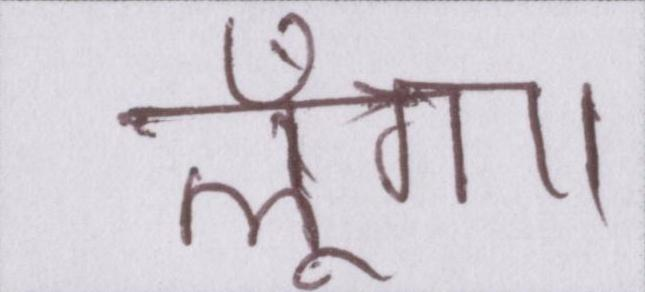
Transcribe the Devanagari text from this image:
लूँगा।